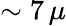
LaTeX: \sim 7\, \mu